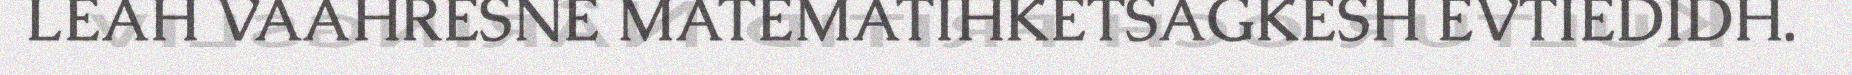
LEAH VAAHRESNE MATEMATIHKETSAGKESH EVTIEDIDH.